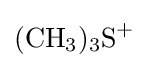
{(\mathrm {CH} {\vphantom {A}}_{\smash[{t}]{3}}){\vphantom {A}}_{\smash[{t}]{3}}\mathrm {S} {\vphantom {A}}^{+}}